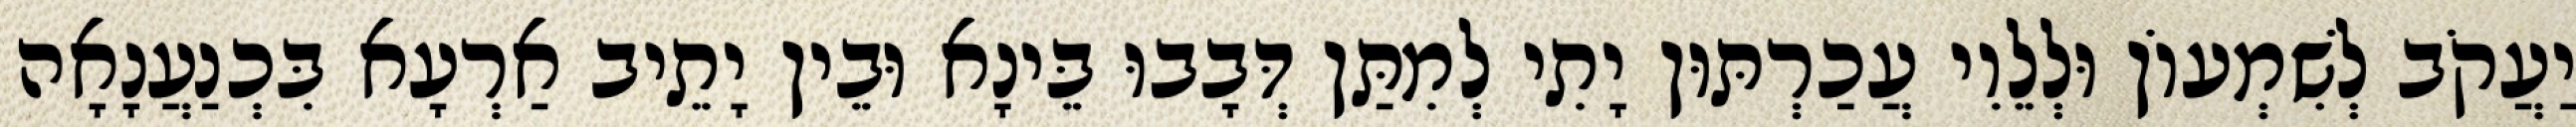
יַעֲקֹב לְשִׁמְעוֹן וּלְלֵוִי עֲכַרְתּוּן יָתִי לְמִתַּן דְּבָבוּ בֵּינָא וּבֵין יָתֵיב אַרְעָא בִּכְנַעֲנָאָה